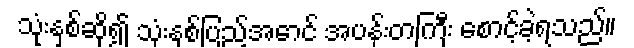
သုံးနှစ်ဆို၍ သုံးနှစ်ပြည့်အောင် အပန်းတကြီး စောင့်ခဲ့ရသည်။